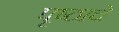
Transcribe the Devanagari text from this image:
पृष्ठाचे